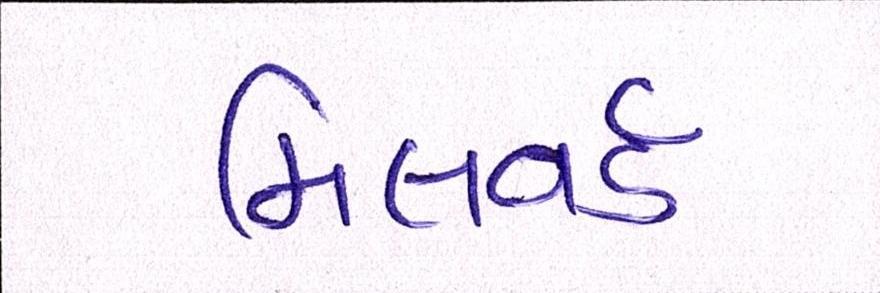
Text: મિલવર્ડ